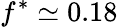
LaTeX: f^{\ast}\simeq 0.18